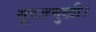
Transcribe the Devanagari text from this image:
सूरजमुखी।